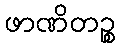
ဖာဏိတဉ္စ